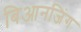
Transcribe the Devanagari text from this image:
बिआनजिंग